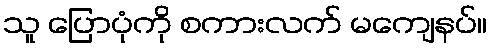
သူ ပြောပုံကို စကားလက် မကျေနပ်။